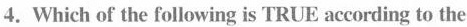
4.Which of the following is TRUE according to the